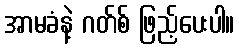
အာမခံနဲ့ ဂတ်စ် ဖြည့်ပေးပါ။